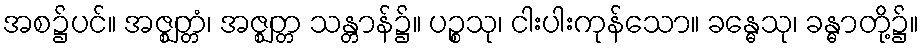
အစ၌ပင်။ အဇ္ဈတ္တံ၊ အဇ္ဈတ္တ သန္တာန်၌။ ပဉ္စသု၊ ငါးပါးကုန်သော။ ခန္ဓေသု၊ ခန္ဓာတို့၌။